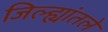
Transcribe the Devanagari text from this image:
जिल्ह्यांतले